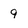
Character: 9